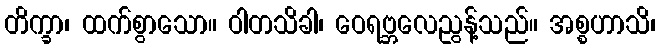
တိက္ခာ၊ ထက်စွာသော။ ဝါတသိခါ၊ ဝေရဗ္ဘလေညွန့်သည်။ အစ္စဟာသိ၊